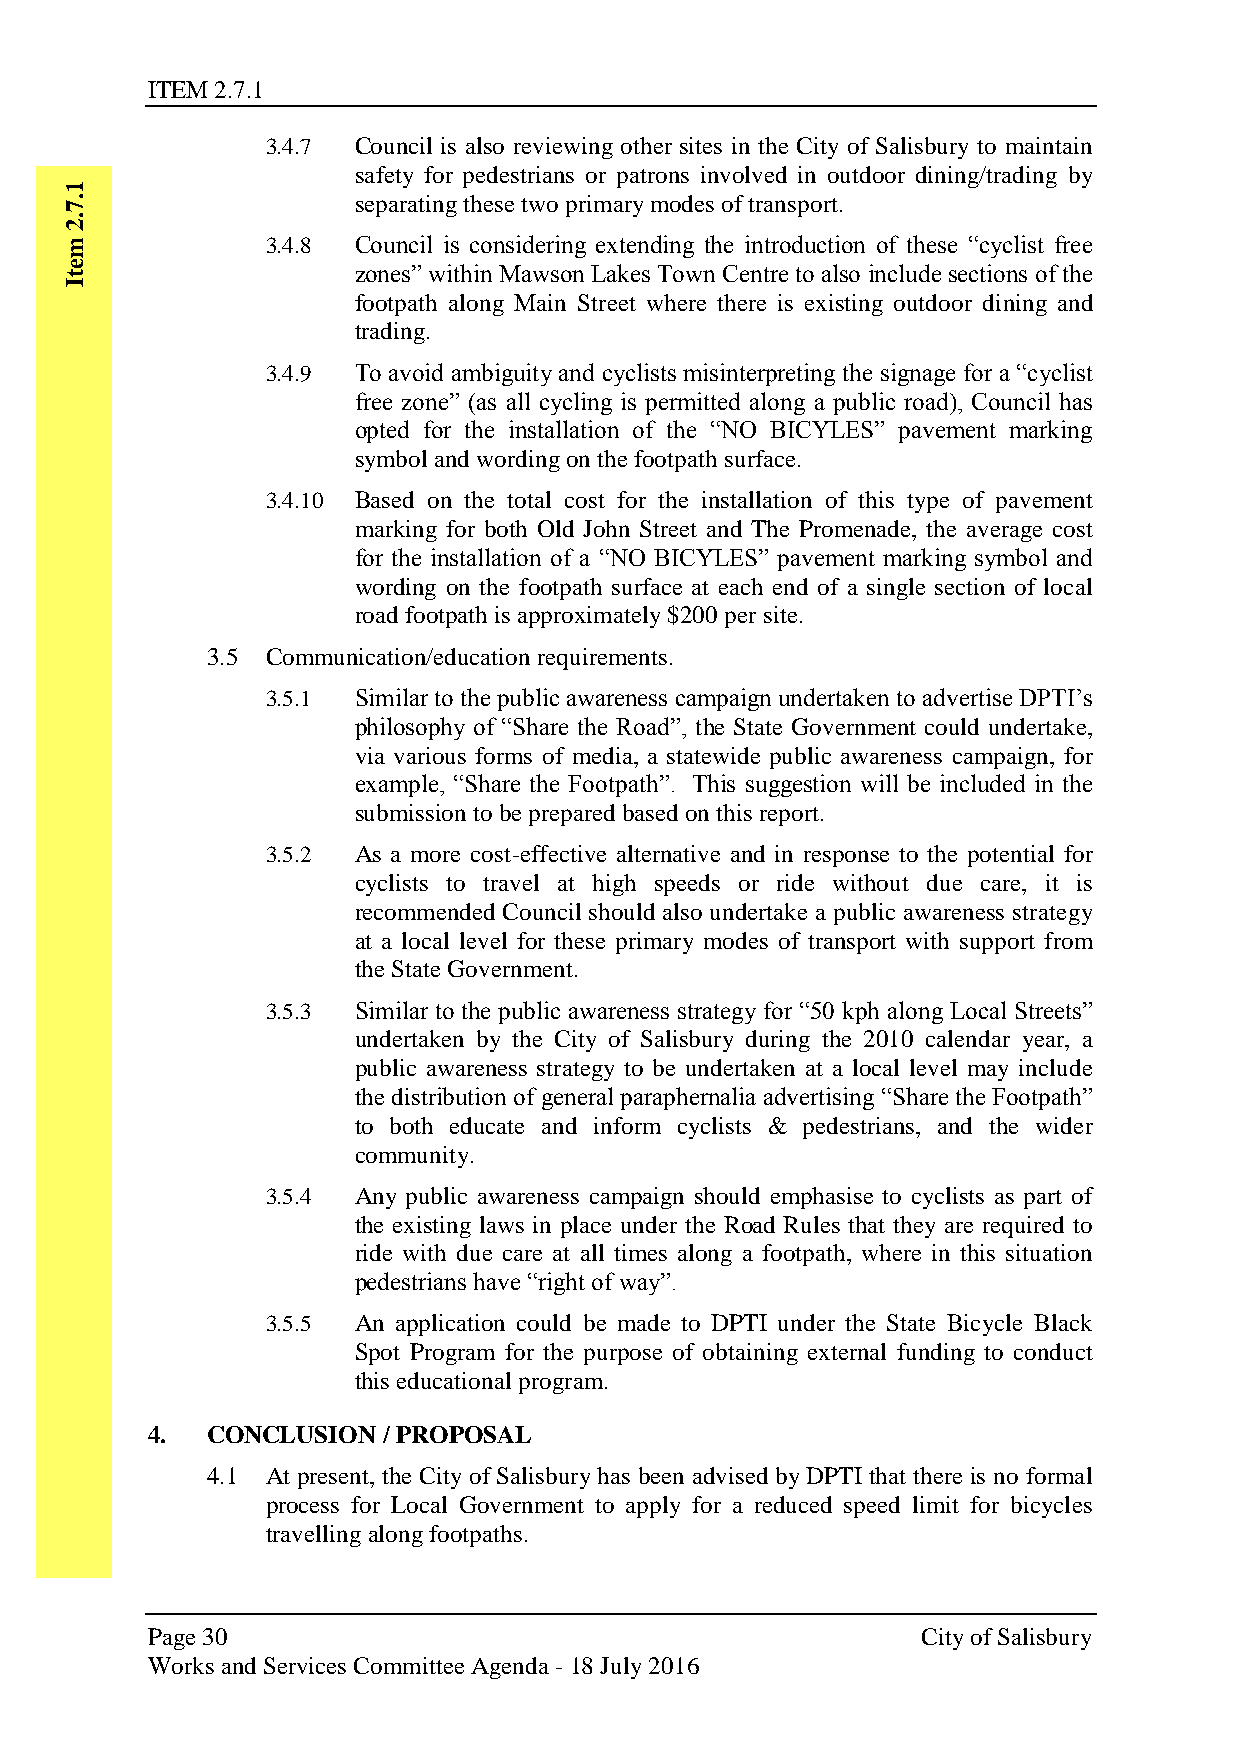
ITEM 2.7.1
 3.4.7 Council is also reviewing other sites in the City of Salisbury to maintain
 safety for pedestrians or patrons involved in outdoor dining/trading by
 1
 .7                 separating these two primary modes of transport.
 .2
 m             3.4.8 Council is considering extending the introduction of these “cyclist free
 e                  zones” within Mawson Lakes Town Centre to also include sections of the
 t
 I
 footpath along Main Street where there is existing outdoor dining and
 trading.
 3.4.9 To avoid ambiguity and cyclists misinterpreting the signage for a “cyclist
 free zone” (as all cycling is permitted along a public road), Council has
 opted for the installation of the “NO BICYLES” pavement marking
 symbol and wording on the footpath surface.
 3.4.10 Based on the total cost for the installation of this type of pavement
 marking for both Old John Street and The Promenade, the average cost
 for the installation of a “NO BICYLES” pavement marking symbol and
 wording on the footpath surface at each end of a single section of local
 road footpath is approximately $200 per site.
 3.5 Communication/education requirements.
 3.5.1 Similar to the public awareness campaign undertaken to advertise DPTI’s
 philosophy of “Share the Road”, the State Government could undertake,
 via various forms of media, a statewide public awareness campaign, for
 example, “Share the Footpath”. This suggestion will be included in the
 submission to be prepared based on this report.
 3.5.2 As a more cost-effective alternative and in response to the potential for
 cyclists to travel at high speeds or ride without due care, it is
 recommended Council should also undertake a public awareness strategy
 at a local level for these primary modes of transport with support from
 the State Government.
 3.5.3 Similar to the public awareness strategy for “50 kph along Local Streets”
 undertaken by the City of Salisbury during the 2010 calendar year, a
 public awareness strategy to be undertaken at a local level may include
 the distribution of general paraphernalia advertising “Share the Footpath”
 to both educate and inform cyclists & pedestrians, and the wider
 community.
 3.5.4 Any public awareness campaign should emphasise to cyclists as part of
 the existing laws in place under the Road Rules that they are required to
 ride with due care at all times along a footpath, where in this situation
 pedestrians have “right of way”.
 3.5.5 An application could be made to DPTI under the State Bicycle Black
 Spot Program for the purpose of obtaining external funding to conduct
 this educational program.
 4.  CONCLUSION / PROPOSAL
 4.1 At present, the City of Salisbury has been advised by DPTI that there is no formal
 process for Local Government to apply for a reduced speed limit for bicycles
 travelling along footpaths.
 Page 30                                            City of Salisbury
 Works and Services Committee Agenda - 18 July 2016